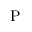
\mathrm { P }